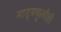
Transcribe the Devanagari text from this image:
नाट्यकृतीही